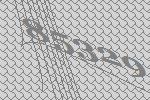
85329